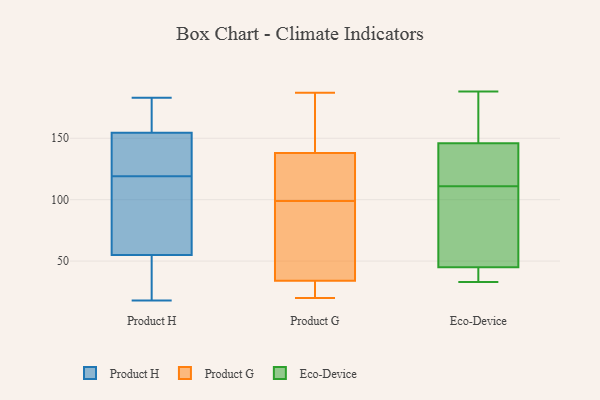
{"axis": {"x": "Churn Rate (%)", "y": "Value"}, "legend": ["Eco-Device", "Product G", "Product H"], "data": [{"x": "", "y": 150, "type": "Product H"}, {"x": "", "y": 134, "type": "Product H"}, {"x": "", "y": 165, "type": "Product H"}, {"x": "", "y": 107, "type": "Product H"}, {"x": "", "y": 182, "type": "Product H"}, {"x": "", "y": 78, "type": "Product H"}, {"x": "", "y": 116, "type": "Product H"}, {"x": "", "y": 62, "type": "Product H"}, {"x": "", "y": 18, "type": "Product H"}, {"x": "", "y": 128, "type": "Product H"}, {"x": "", "y": 176, "type": "Product H"}, {"x": "", "y": 122, "type": "Product H"}, {"x": "", "y": 48, "type": "Product H"}, {"x": "", "y": 44, "type": "Product H"}, {"x": "", "y": 45, "type": "Product H"}, {"x": "", "y": 88, "type": "Product H"}, {"x": "", "y": 183, "type": "Product H"}, {"x": "", "y": 24, "type": "Product H"}, {"x": "", "y": 159, "type": "Product H"}, {"x": "", "y": 147, "type": "Product H"}, {"x": "", "y": 34, "type": "Product G"}, {"x": "", "y": 99, "type": "Product G"}, {"x": "", "y": 169, "type": "Product G"}, {"x": "", "y": 20, "type": "Product G"}, {"x": "", "y": 23, "type": "Product G"}, {"x": "", "y": 145, "type": "Product G"}, {"x": "", "y": 120, "type": "Product G"}, {"x": "", "y": 129, "type": "Product G"}, {"x": "", "y": 187, "type": "Product G"}, {"x": "", "y": 20, "type": "Product G"}, {"x": "", "y": 92, "type": "Product G"}, {"x": "", "y": 141, "type": "Product G"}, {"x": "", "y": 113, "type": "Product G"}, {"x": "", "y": 72, "type": "Product G"}, {"x": "", "y": 34, "type": "Product G"}, {"x": "", "y": 108, "type": "Eco-Device"}, {"x": "", "y": 33, "type": "Eco-Device"}, {"x": "", "y": 44, "type": "Eco-Device"}, {"x": "", "y": 162, "type": "Eco-Device"}, {"x": "", "y": 114, "type": "Eco-Device"}, {"x": "", "y": 146, "type": "Eco-Device"}, {"x": "", "y": 38, "type": "Eco-Device"}, {"x": "", "y": 142, "type": "Eco-Device"}, {"x": "", "y": 134, "type": "Eco-Device"}, {"x": "", "y": 188, "type": "Eco-Device"}, {"x": "", "y": 175, "type": "Eco-Device"}, {"x": "", "y": 65, "type": "Eco-Device"}, {"x": "", "y": 105, "type": "Eco-Device"}, {"x": "", "y": 45, "type": "Eco-Device"}]}